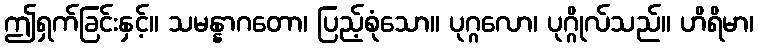
ဤရှက်ခြင်းနှင့်။ သမန္နာဂတော၊ ပြည့်စုံသော။ ပုဂ္ဂလော၊ ပုဂ္ဂိုလ်သည်။ ဟိရိမာ၊